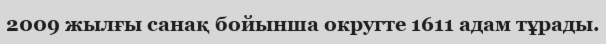
2009 жылғы санақ бойынша округте 1611 адам тұрады.